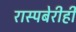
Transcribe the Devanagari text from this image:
रास्पबेरीही